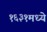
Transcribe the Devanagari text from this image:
१६३१मध्ये